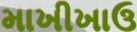
માખીખાઉ